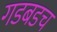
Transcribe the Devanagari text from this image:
गडबडच